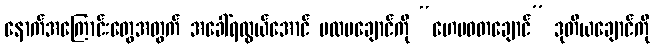
နောက်အကြောင်းတွေအတွက် အခေါ်ရလွယ်အောင် ပထမချောင်ကို “ဟေမဝတချောင်” ဒုတိယချောင်ကို